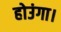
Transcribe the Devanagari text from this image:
होउंगा।